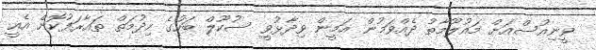
ވީނިއުސްއަށް މައުލޫމާތު ދެއްވަމުން އަމީން ވިދާޅުވީ ސުކޫލް ބަހުގެ ހިދުމަތް ތައާރަފުކޮށް އެއީ